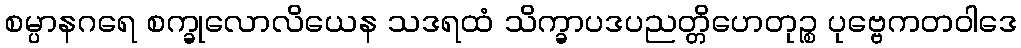
စမ္ပာနဂရေ စက္ခုလောလိယေန သဒရထံ သိက္ခာပဒပညတ္တိဟေတုဉ္စ ပုဗ္ဗေကတဝါဒေ